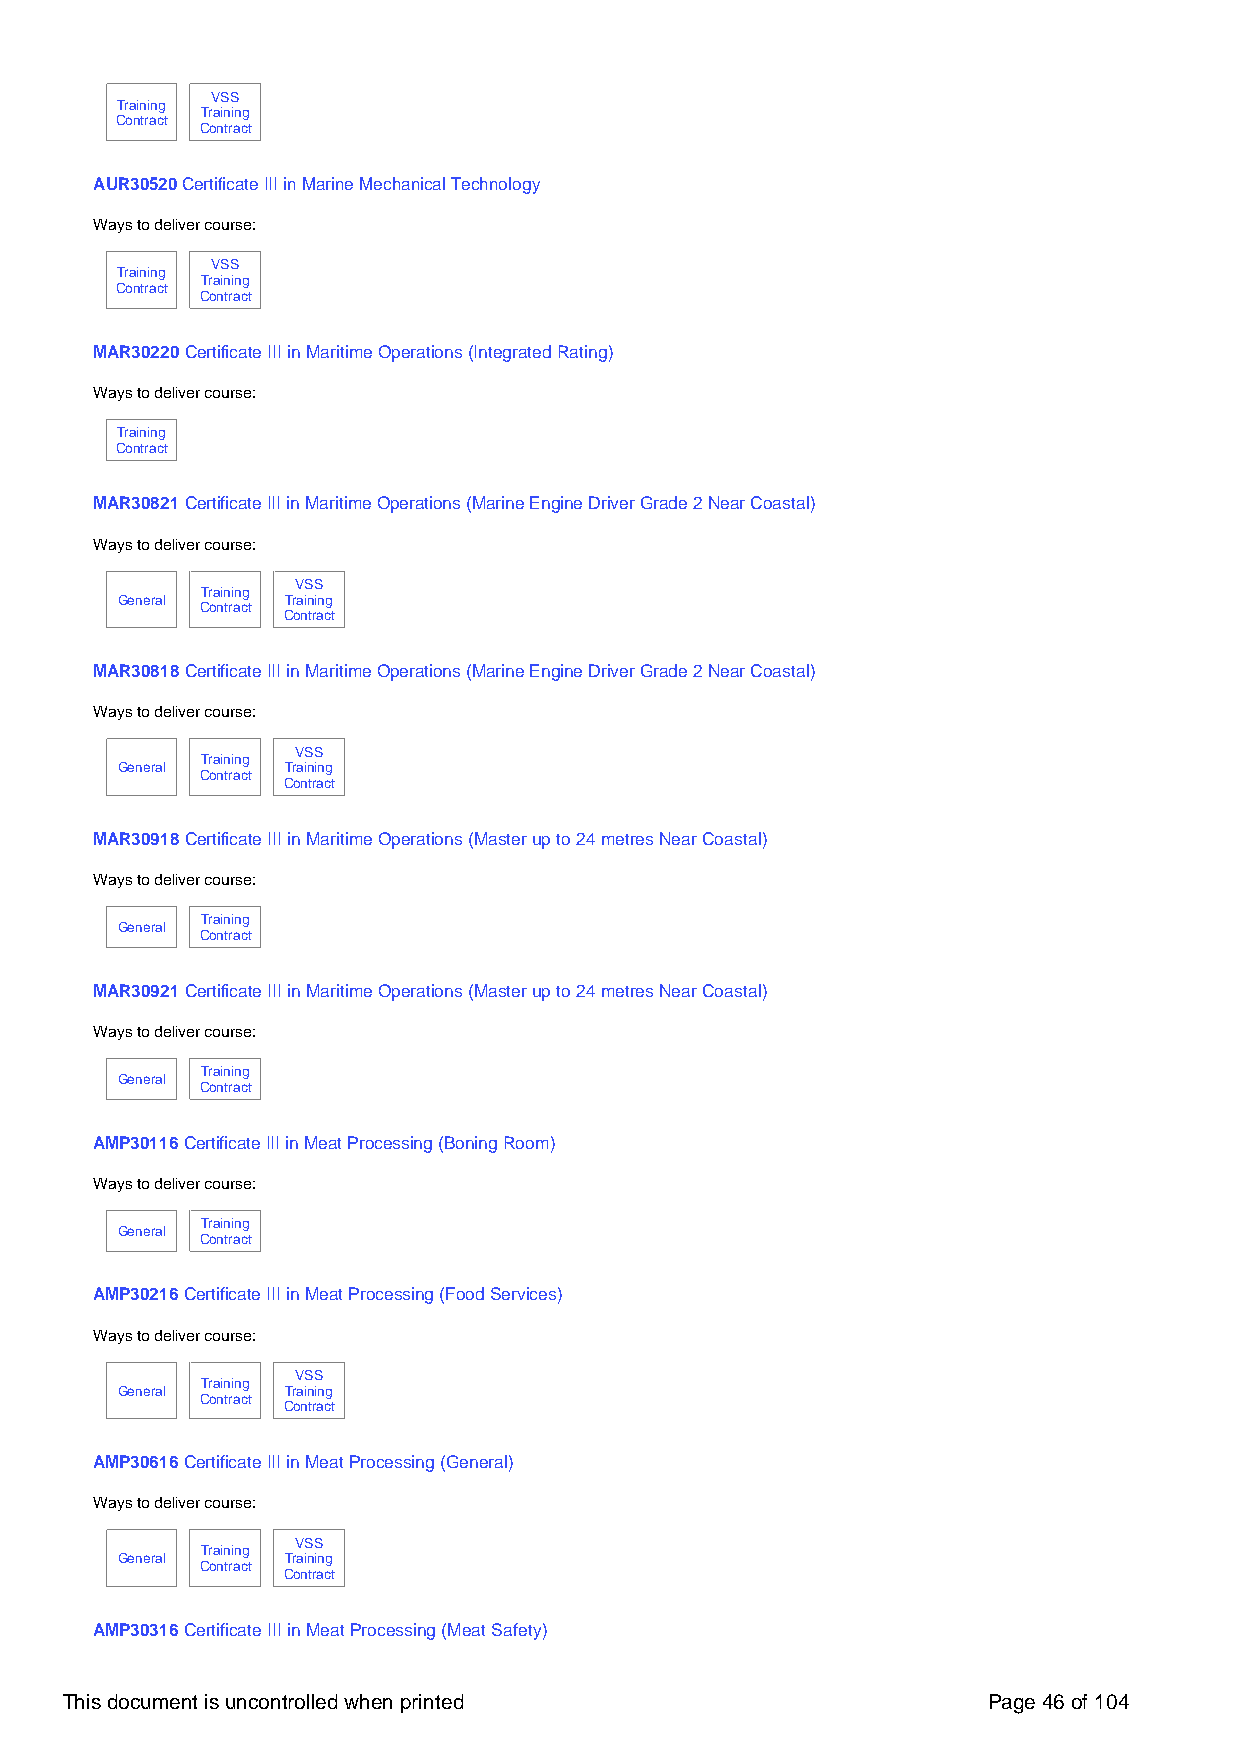
VSS
 Training
 Training
 Contract
 Contract
 AUR30520 Certificate III in Marine Mechanical Technology
 Ways to deliver course:
 VSS
 Training
 Training
 Contract
 Contract
 MAR30220 Certificate III in Maritime Operations (Integrated Rating)
 Ways to deliver course:
 Training
 Contract
 MAR30821 Certificate III in Maritime Operations (Marine Engine Driver Grade 2 Near Coastal)
 Ways to deliver course:
 VSS
 Training
 General    Training
 Contract
 Contract
 MAR30818 Certificate III in Maritime Operations (Marine Engine Driver Grade 2 Near Coastal)
 Ways to deliver course:
 VSS
 Training
 General    Training
 Contract
 Contract
 MAR30918 Certificate III in Maritime Operations (Master up to 24 metres Near Coastal)
 Ways to deliver course:
 Training
 General
 Contract
 MAR30921 Certificate III in Maritime Operations (Master up to 24 metres Near Coastal)
 Ways to deliver course:
 Training
 General
 Contract
 AMP30116 Certificate III in Meat Processing (Boning Room)
 Ways to deliver course:
 Training
 General
 Contract
 AMP30216 Certificate III in Meat Processing (Food Services)
 Ways to deliver course:
 VSS
 Training
 General    Training
 Contract
 Contract
 AMP30616 Certificate III in Meat Processing (General)
 Ways to deliver course:
 VSS
 Training
 General    Training
 Contract
 Contract
 AMP30316 Certificate III in Meat Processing (Meat Safety)
 This document is uncontrolled when printed                   Page 46 of 104